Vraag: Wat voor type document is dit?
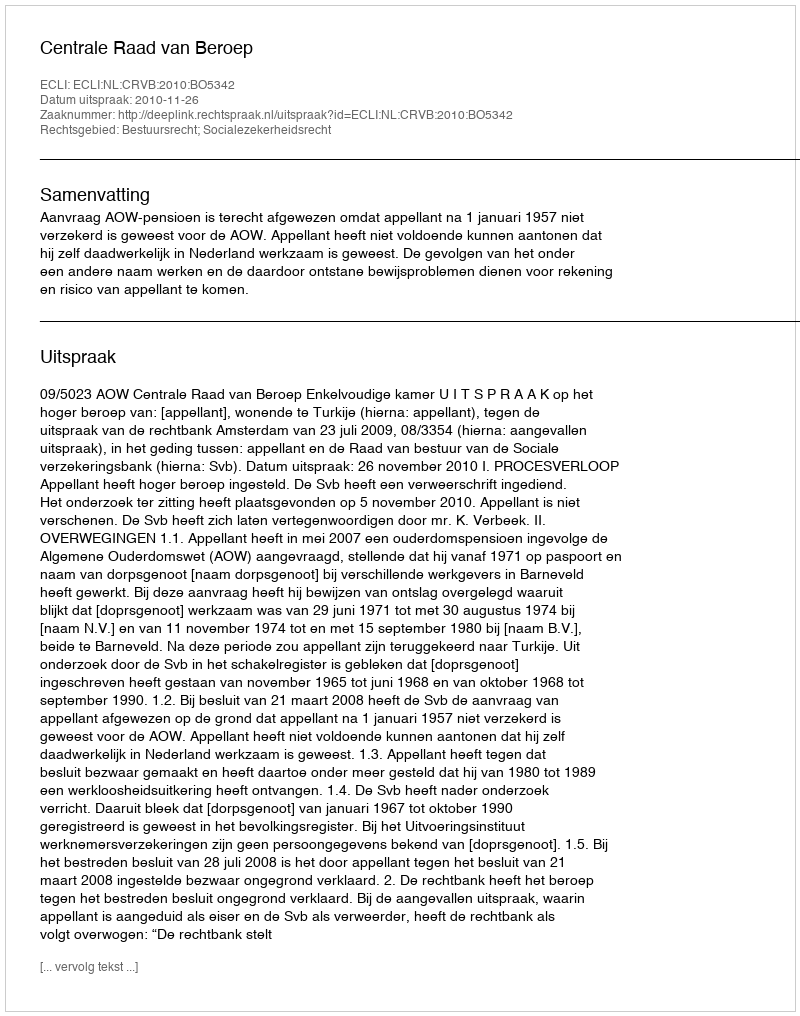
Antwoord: Uitspraak